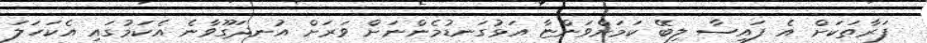
ފަރާތަކަށް އެ ފައިސާ ލިބޭ ކަމަށްވަންޏާ އަޅުގަނޑުމެންނަށް ވަރަށް އުނދަގޫވާނެ އެކަމުގައި އެކަހަލަ